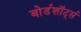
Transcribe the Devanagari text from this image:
बोर्डशॉर्ट्स